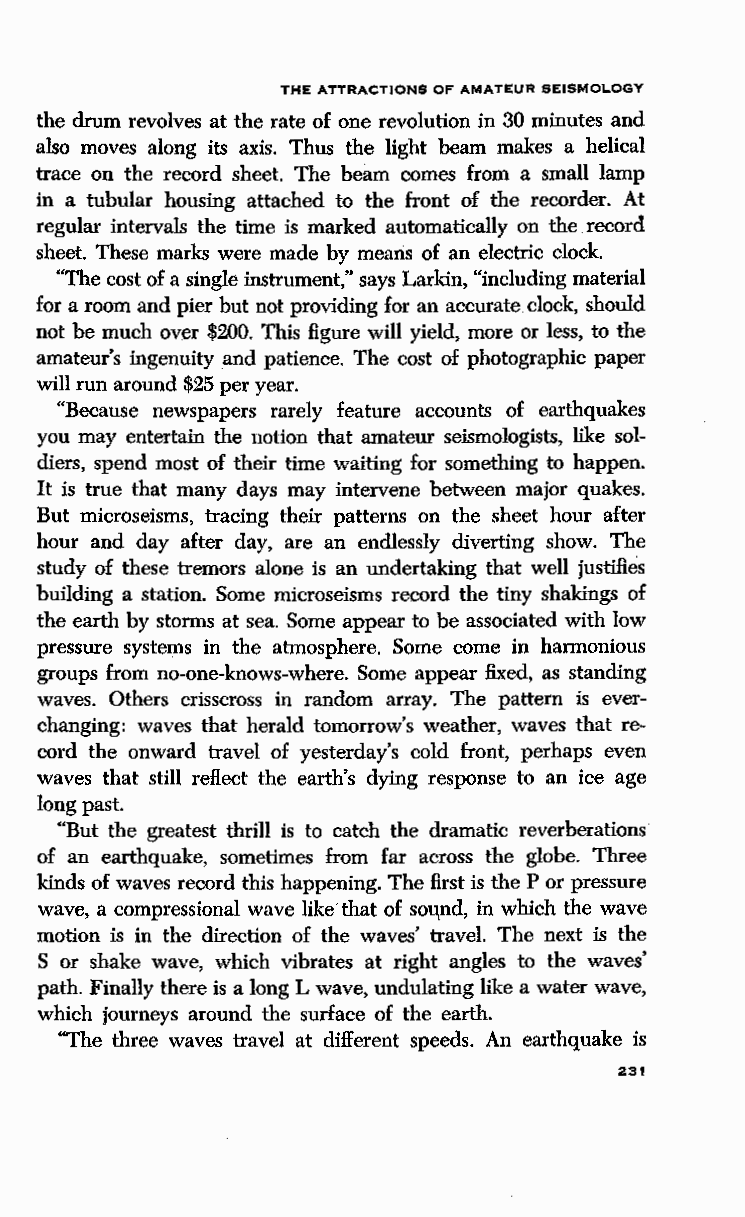
THE ATTRACTIONS OF AMATEUR SEISMOLOGY
 the drum revolves at the rate of one revolution in 30 minutes and
 also moves along its axis. Thus the light beam makes a helical
 trace on the record sheet. The beam comes from a small lamp
 in a tubular housing attached to the front of the recorder. At
 regular intervals the time is marked automatically on the record
 sheet. These marks were made by means of an electric clock.
 "The cost of a single instrument," says Larkin, "including material
 for a room and pier but not providing for an accurate clock, should
 not be much over $200. This figure will yield, more or less, to the
 amateur's ingenuity .and patience. The cost of photographic paper
 will run around $25 per year.
 "Because newspapers rarely feature accounts of earthquakes
 you may entertain the notion that amateur seismologists, like sol
 diers, spend most of their time waiting for something to happen.
 It is true that many days may intervene between major quakes.
 But microseisms, tracing their patterns on the sheet hour after
 hour and day after day, are an endlessly diverting show. The
 study of these tremors alone is an undertaking that well justifies
 building a station. Some microseisms record the tiny shakings of
 the earth by storms at sea. Some appear to be associated with low
 pressure systems in the atmosphere. Some come in harmonious
 groups from no-one-knows-where. Some appear fixed, as standing
 waves. Others crisscross in random array. The pattern is ever
 changing: waves that herald tomorrow's weather, waves that re
 cord the onward travel of yesterday's cold front, perhaps even
 waves that still reflect the earth's dying response to an ice age
 long past.
 "But the greatest thrill is to catch the dramatic reverberations
 of an earthquake, sometimes from far across the globe. Three
 kinds of waves record this happening. The first is the P or pressure
 wave, a compressional wave like' that of sou.nd, in which the wave
 motion is in the direction of the waves' travel. The next is the
 S or shake wave, which vibrates at right angles to the waves'
 path. Finally there is a long L wave, undulating like a water wave,
 which journeys around the surface of the earth.
 "The three waves travel at different speeds. An earthquake is
 231